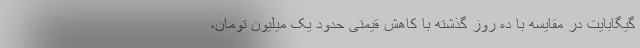
گیگابایت در مقایسه با ده روز گذشته با کاهش قیمتی حدود یک میلیون تومان،